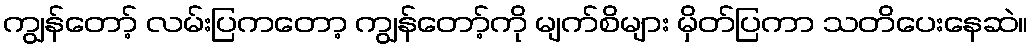
ကျွန်တော့် လမ်းပြကတော့ ကျွန်တော့်ကို မျက်စိများ မှိတ်ပြကာ သတိပေးနေဆဲ။